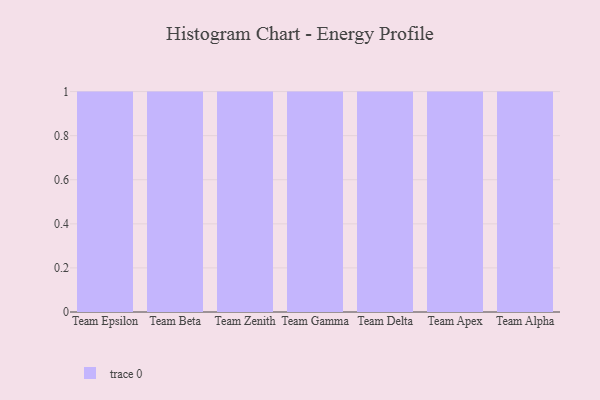
{"axis": {"x": "Team", "y": "Backlog"}, "legend": [""], "data": [{"x": "Team Epsilon", "y": 7, "type": ""}, {"x": "Team Beta", "y": 27, "type": ""}, {"x": "Team Zenith", "y": 78, "type": ""}, {"x": "Team Gamma", "y": 59, "type": ""}, {"x": "Team Delta", "y": 24, "type": ""}, {"x": "Team Apex", "y": 25, "type": ""}, {"x": "Team Alpha", "y": 15, "type": ""}]}